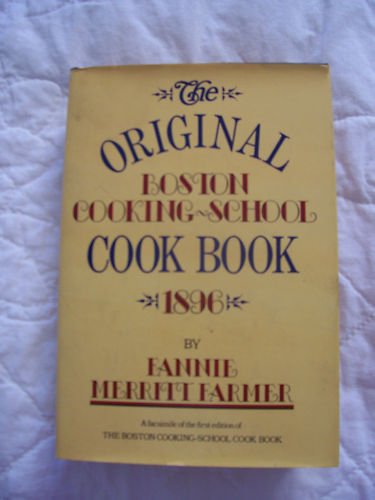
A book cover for The Original Boston Cooking School Cook Book 1896; Fannie Merritt Farmer; Cookbooks, Food & Wine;